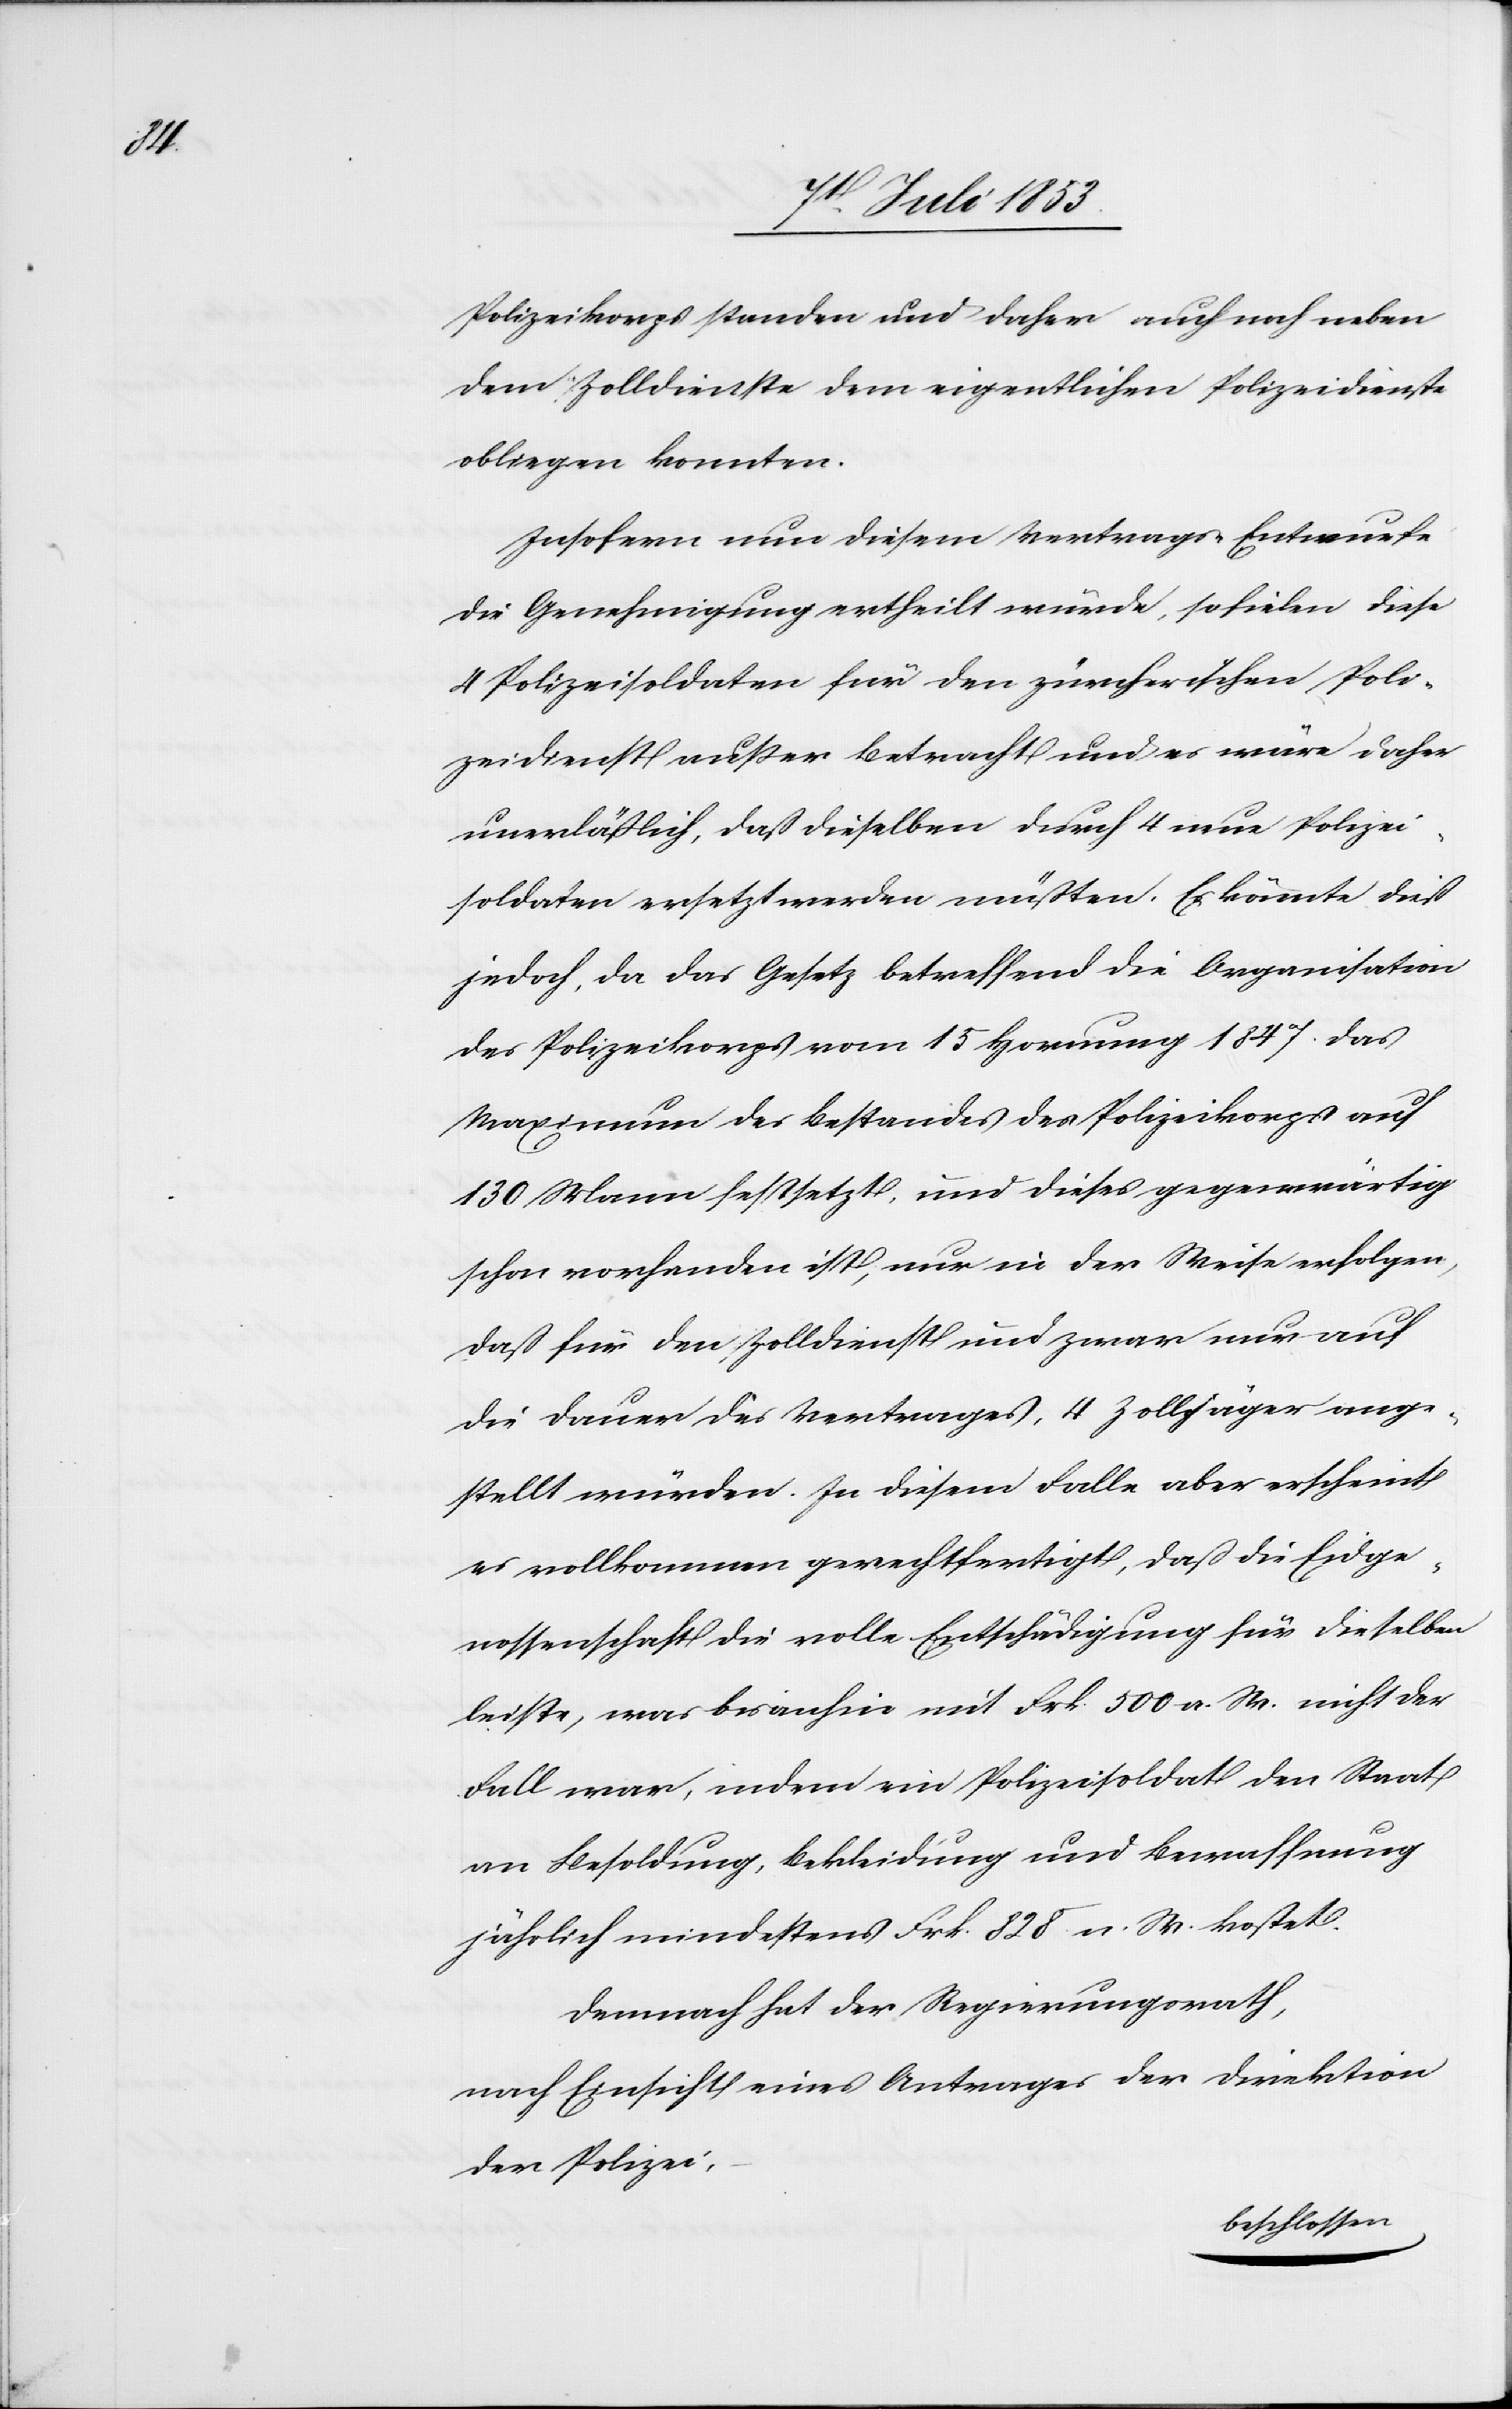
Polizeikorps standen und daher auch noch neben
dem Zolldienste dem eigentlichen Polizeidienste
obliegen konnten.
Insofern nun diesem Vertrags-Entwurfe
die Genehmigung ertheilt wurde, so fielen diese
4 Polizeisoldaten für den zürcherischen Poli¬
zeidienst außer Betracht und es wäre daher
unerläßlich, daß dieselben durch 4 neue Polizei¬
soldaten ersetzt werden müßten. Es könnte dieß
jedoch, da das Gesetz betreffend die Organisation
des Polizeikorps vom 15 Hornung 1847 das
Maximum des Bestandes des Polizeikorps auf
130 Mann festsetzt, und dieses gegenwärtig
schon vorhanden ist, nur in der Weise erfolgen,
daß für den Zolldienst und zwar nur auf
die Dauer des Vertrages, 4 Zolljäger ange¬
stellt würden. In diesem Falle aber erscheint
es vollkommen gerechtfertigt, daß die Eidge¬
nossenschaft die volle Entschädigung für dieselben
leiste, was bisanhin mit Frk. 500 a. W. nicht der
Fall war, indem ein Polizeisoldat den Staat
an Besoldung, Bekleidung und Bewaffnung
jährlich mindestens Frk. 828 n. W. kostet.
Demnach hat der Regierungsrath,
nach Einsicht eines Antrages der Direktion
der Polizei,